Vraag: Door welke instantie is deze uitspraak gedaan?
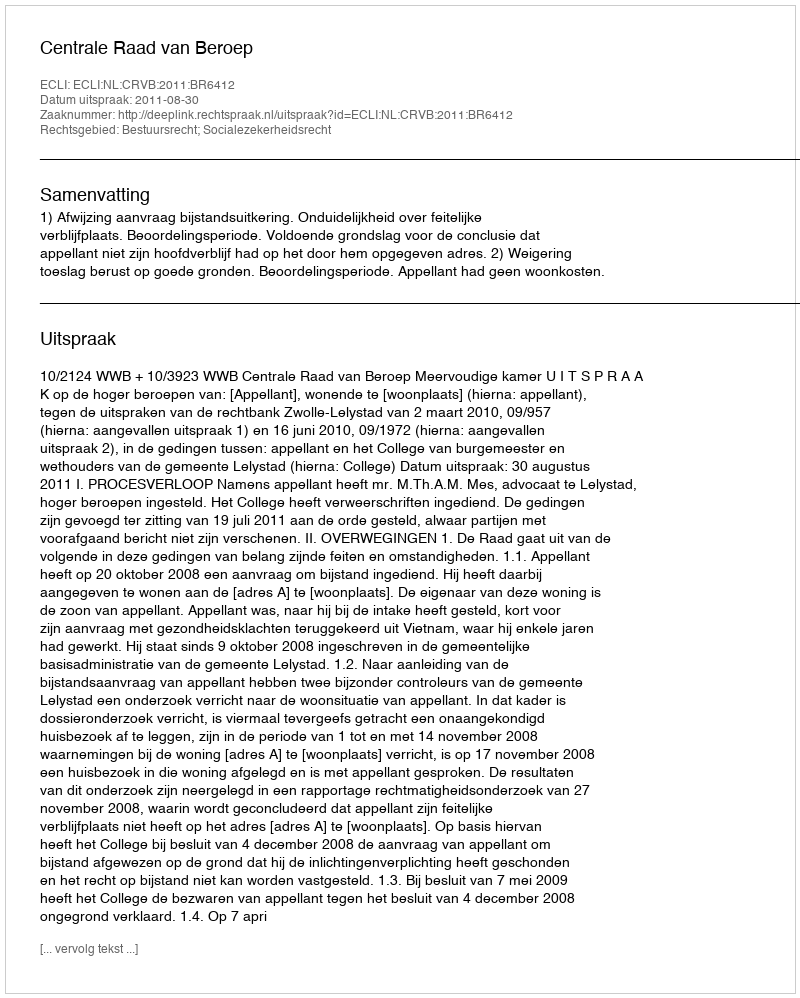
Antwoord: Centrale Raad van Beroep